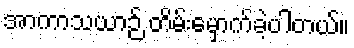
အာကာသယာဉ် တိမ်းမှောက်ခဲ့ပါတယ်။